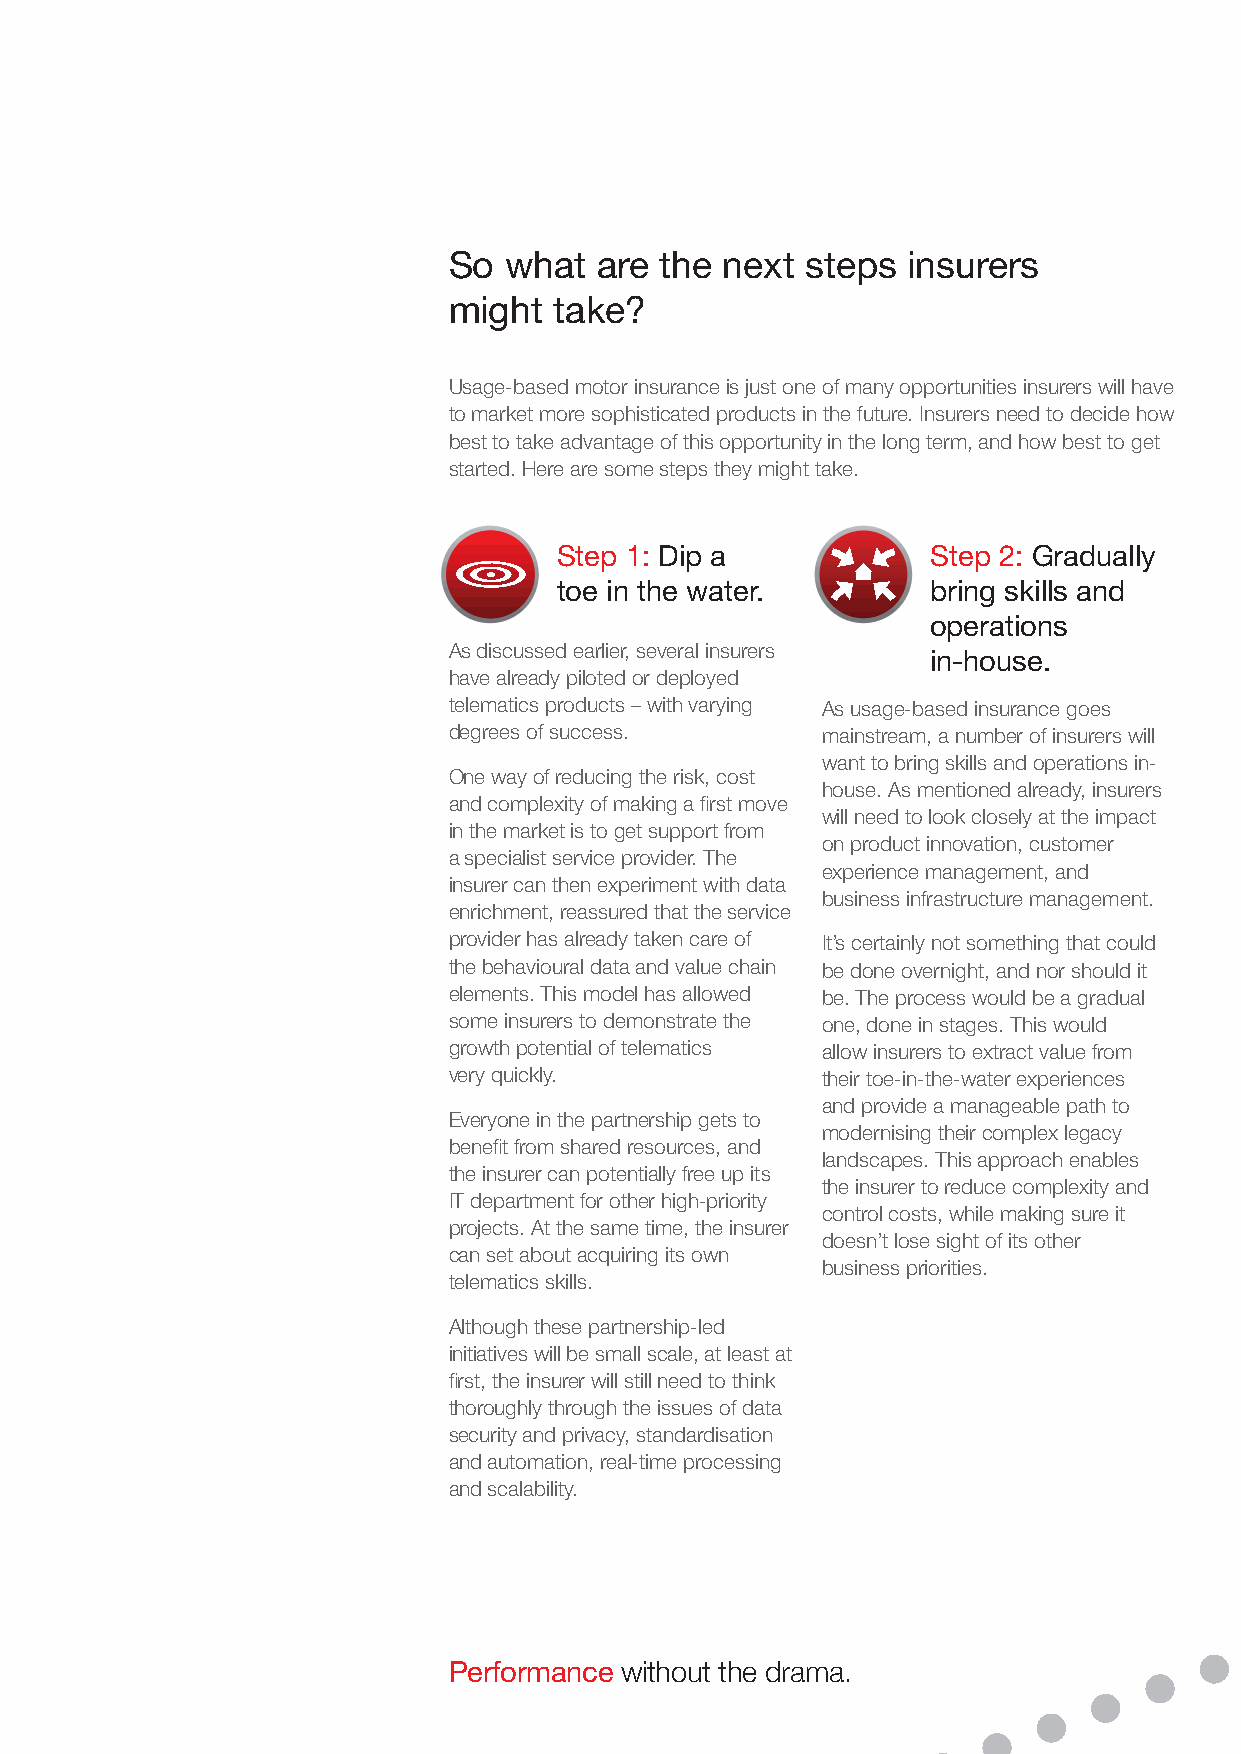
So what  are  the next steps  insurers
 might  take?
 Usage-based motor insurance is just one of many opportunities insurers will have
 to market more sophisticated products in the future. Insurers need to decide how
 best to take advantage of this opportunity in the long term, and how best to get
 started. Here are some steps they might take.
 Step 1: Dip a            Step 2: Gradually
 toe in the water.        bring skills and
 operations
 As discussed earlier, several insurers
 in-house.
 have already piloted or deployed
 telematics products – with varying As usage-based insurance goes
 degrees of success.     mainstream, a number of insurers will
 want to bring skills and operations in-
 One way of reducing the risk, cost
 house. As mentioned already, insurers
 and complexity of making a first move
 will need to look closely at the impact
 in the market is to get support from
 on product innovation, customer
 a specialist service provider. The
 experience management, and
 insurer can then experiment with data
 business infrastructure management.
 enrichment, reassured that the service
 provider has already taken care of It’s certainly not something that could
 the behavioural data and value chain be done overnight, and nor should it
 elements. This model has allowed be. The process would be a gradual
 some insurers to demonstrate the one, done in stages. This would
 growth potential of telematics allow insurers to extract value from
 very quickly.           their toe-in-the-water experiences
 and provide a manageable path to
 Everyone in the partnership gets to
 modernising their complex legacy
 benefit from shared resources, and
 landscapes. This approach enables
 the insurer can potentially free up its
 the insurer to reduce complexity and
 IT department for other high-priority
 control costs, while making sure it
 projects. At the same time, the insurer
 doesn’t lose sight of its other
 can set about acquiring its own
 business priorities.
 telematics skills.
 Although these partnership-led
 initiatives will be small scale, at least at
 first, the insurer will still need to think
 thoroughly through the issues of data
 security and privacy, standardisation
 and automation, real-time processing
 and scalability.
 Performance without the drama.